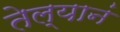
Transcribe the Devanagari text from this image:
तेल्यानं